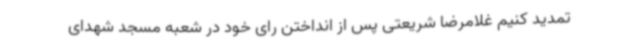
تمدید کنیم غلامرضا شریعتی پس از انداختن رای خود در شعبه مسجد شهدای